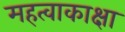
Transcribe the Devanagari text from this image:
महत्वाकाक्षा